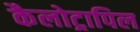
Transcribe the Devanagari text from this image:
कैलोट्रापिल